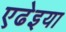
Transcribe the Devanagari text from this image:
एढेइया